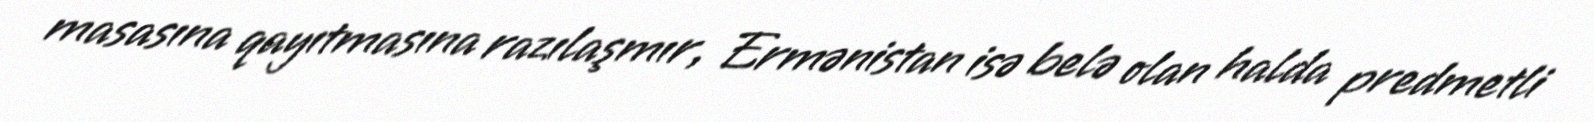
masasına qayıtmasına razılaşmır, Ermənistan isə belə olan halda predmetli